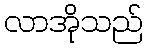
လာအိုသည်